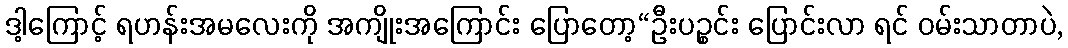
ဒါ့ကြောင့် ရဟန်းအမလေးကို အကျိုးအကြောင်း ပြောတော့“ဦးပဉ္စင်း ပြောင်းလာ ရင် ဝမ်းသာတာပဲ,